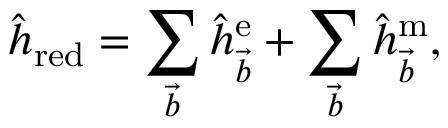
\hat { h } _ { \mathrm { r e d } } = \sum _ { \vec { b } } \hat { h } _ { \vec { b } } ^ { \mathrm { e } } + \sum _ { \vec { b } } \hat { h } _ { \vec { b } } ^ { \mathrm { m } } ,